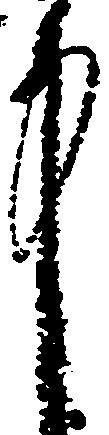
中